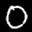
Digit: 0